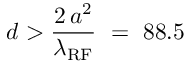
d > \frac { 2 \, a ^ { 2 } } { \lambda _ { \mathrm { R F } } } ~ = ~ 8 8 . 5